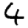
Digit: 4